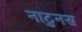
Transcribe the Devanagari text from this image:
नाटुनस